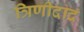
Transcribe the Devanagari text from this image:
त्रिणीदाद